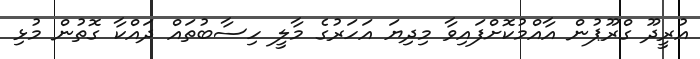
އުރީދޫ ގްރޫޕުން އާއްމުކޮށްފައިވާ މިދިޔަ އަހަރުގެ މާލީ ހިސާބުތައް ދައްކާ ގޮތުން މުޅި